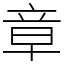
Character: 章